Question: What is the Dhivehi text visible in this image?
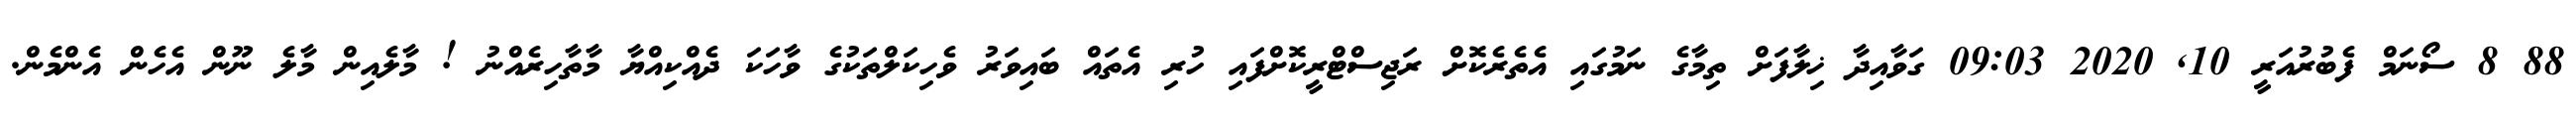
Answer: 88 8 ސޯނަމް ފެބުރުއަރީ 10, 2020 09:03 ގަވާއިދާ ޚިލާފަށް ތިމާގެ ނަމުގައި އެތެރެކޮށް ރަޖިސްޓްރީކޮށްފައި ހުރި އެތައް ބައިވަރު ވެހިކަލްތަކުގެ ވާހަކަ ދެއްކިއްޔާ މާތާހިރެއްނު ! މާލެއިން މާލެ ނޫން އެހެން އެންމެން.